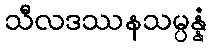
သီလဒဿနသမ္ပန္နံ